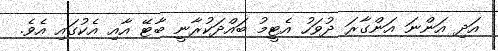
އަދި އަންނަ އަންގާރަ ދުވަހު އެޓީމު ބައްދަކުރާނީ ބާޓޭ އާއި އެކުގައި އެވެ.